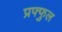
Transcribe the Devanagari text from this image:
प्रफ्फुल